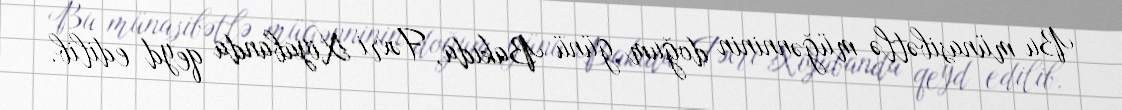
Bu münasibətlə müğənninin doğum günü Bakıda, Fəxri Xiyabanda qeyd edilib.